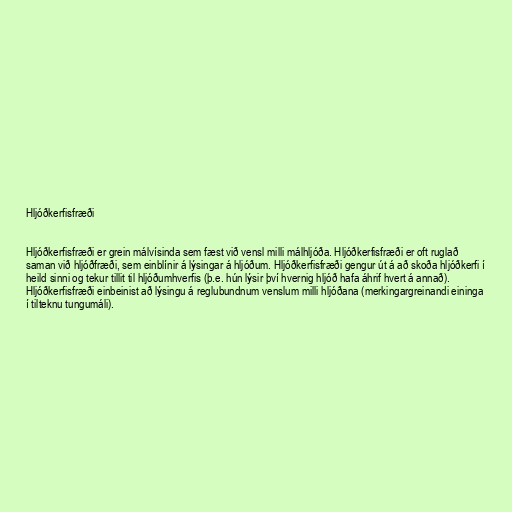
Hljóðkerfisfræði

Hljóðkerfisfræði er grein málvísinda sem fæst við vensl milli málhljóða. Hljóðkerfisfræði er oft ruglað
saman við hljóðfræði, sem einblínir á lýsingar á hljóðum. Hljóðkerfisfræði gengur út á að skoða hljóðkerfi í
heild sinni og tekur tillit til hljóðumhverfis (þ.e. hún lýsir því hvernig hljóð hafa áhrif hvert á annað).
Hljóðkerfisfræði einbeinist að lýsingu á reglubundnum venslum milli hljóðana (merkingargreinandi eininga
í tilteknu tungumáli).